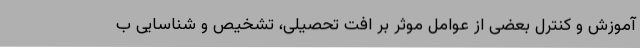
آموزش و کنترل بعضی از عوامل موثر بر افت تحصیلی، تشخیص و شناسایی ب